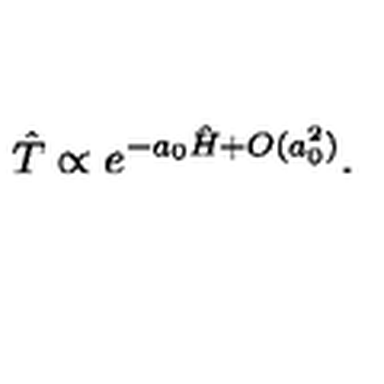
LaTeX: \hat { T } \propto e ^ { - a _ { 0 } \hat { H } + O ( a _ { 0 } ^ { 2 } ) } .